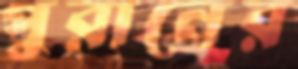
পুরানের